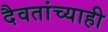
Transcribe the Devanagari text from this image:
दैवतांच्याही